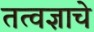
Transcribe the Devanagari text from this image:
तत्वज्ञाचे